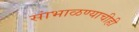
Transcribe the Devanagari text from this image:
सांभाळण्याचीही